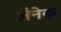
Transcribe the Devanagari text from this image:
लैनेक